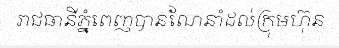
រាជធានីភ្នំពេញបានណែនាំដល់ក្រុមហ៊ុន